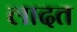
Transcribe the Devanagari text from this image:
लादत